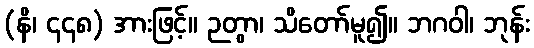
(နိ၊ ၄၄၈) အားဖြင့်။ ဉတွာ၊ သိတော်မူ၍။ ဘဂဝါ၊ ဘုန်း